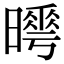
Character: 𣋌